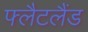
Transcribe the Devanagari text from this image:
फ्लैटलैंड